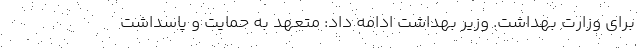
برای وزارت بهداشت. وزیر بهداشت ادامه داد: متعهد به حمایت و پاسداشت